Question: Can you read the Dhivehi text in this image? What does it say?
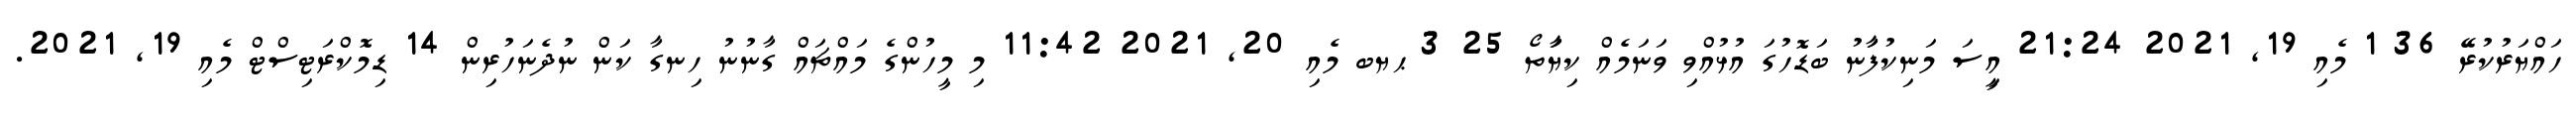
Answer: ހައްޔަރުކުރޭ 36 1 މެއި 19, 2021 21:24 އިީސަ މަނިކުފަާނު ބަޑޮހުގަ އުޅުއްވި ވަނަމެއް ކިޔަާތޯ 25 3 ޙޔބ މެއި 20, 2021 11:42 މި މީހުންގެ މައްޗައް ގާނުނު ހިނގާ ކަން ނުދެނަހުރިން 14 ޑިމޮކްރަޓިސްޓް މެއި 19, 2021.